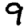
Digit: 9